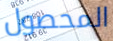
المحصول